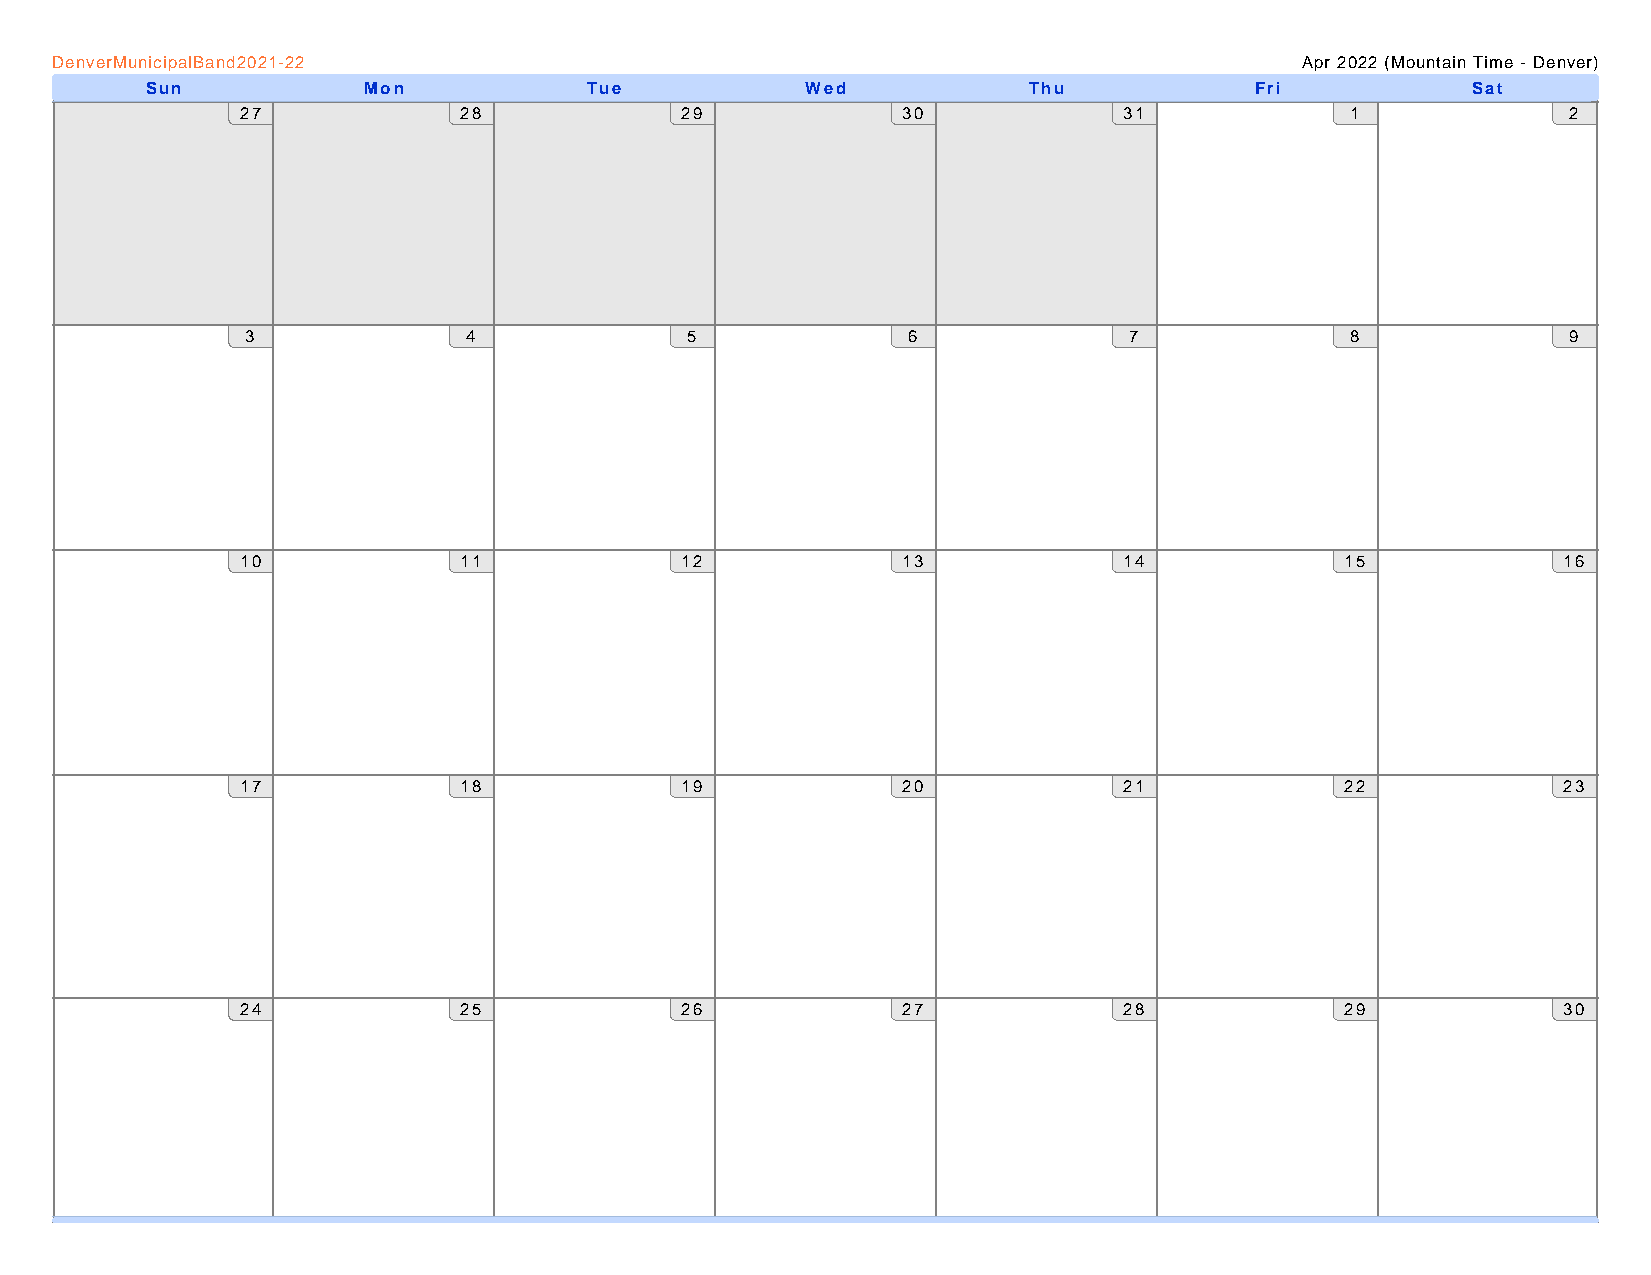
DenverMunicipalBand2021-22                                                         Apr 2022 (Mountain Time - Denver)
 Sun           Mon            Tue           Wed            Thu            Fri           Sat
 27            28             29             30            31             1              2
 3              4             5              6              7             8              9
 10            11             12             13            14             15            16
 17            18             19             20            21             22            23
 24            25             26             27            28             29            30